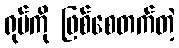
ရုပ်ကို ဖြစ်စေတက်တဲ့